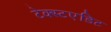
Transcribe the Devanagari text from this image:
टेक्स्टएडिट